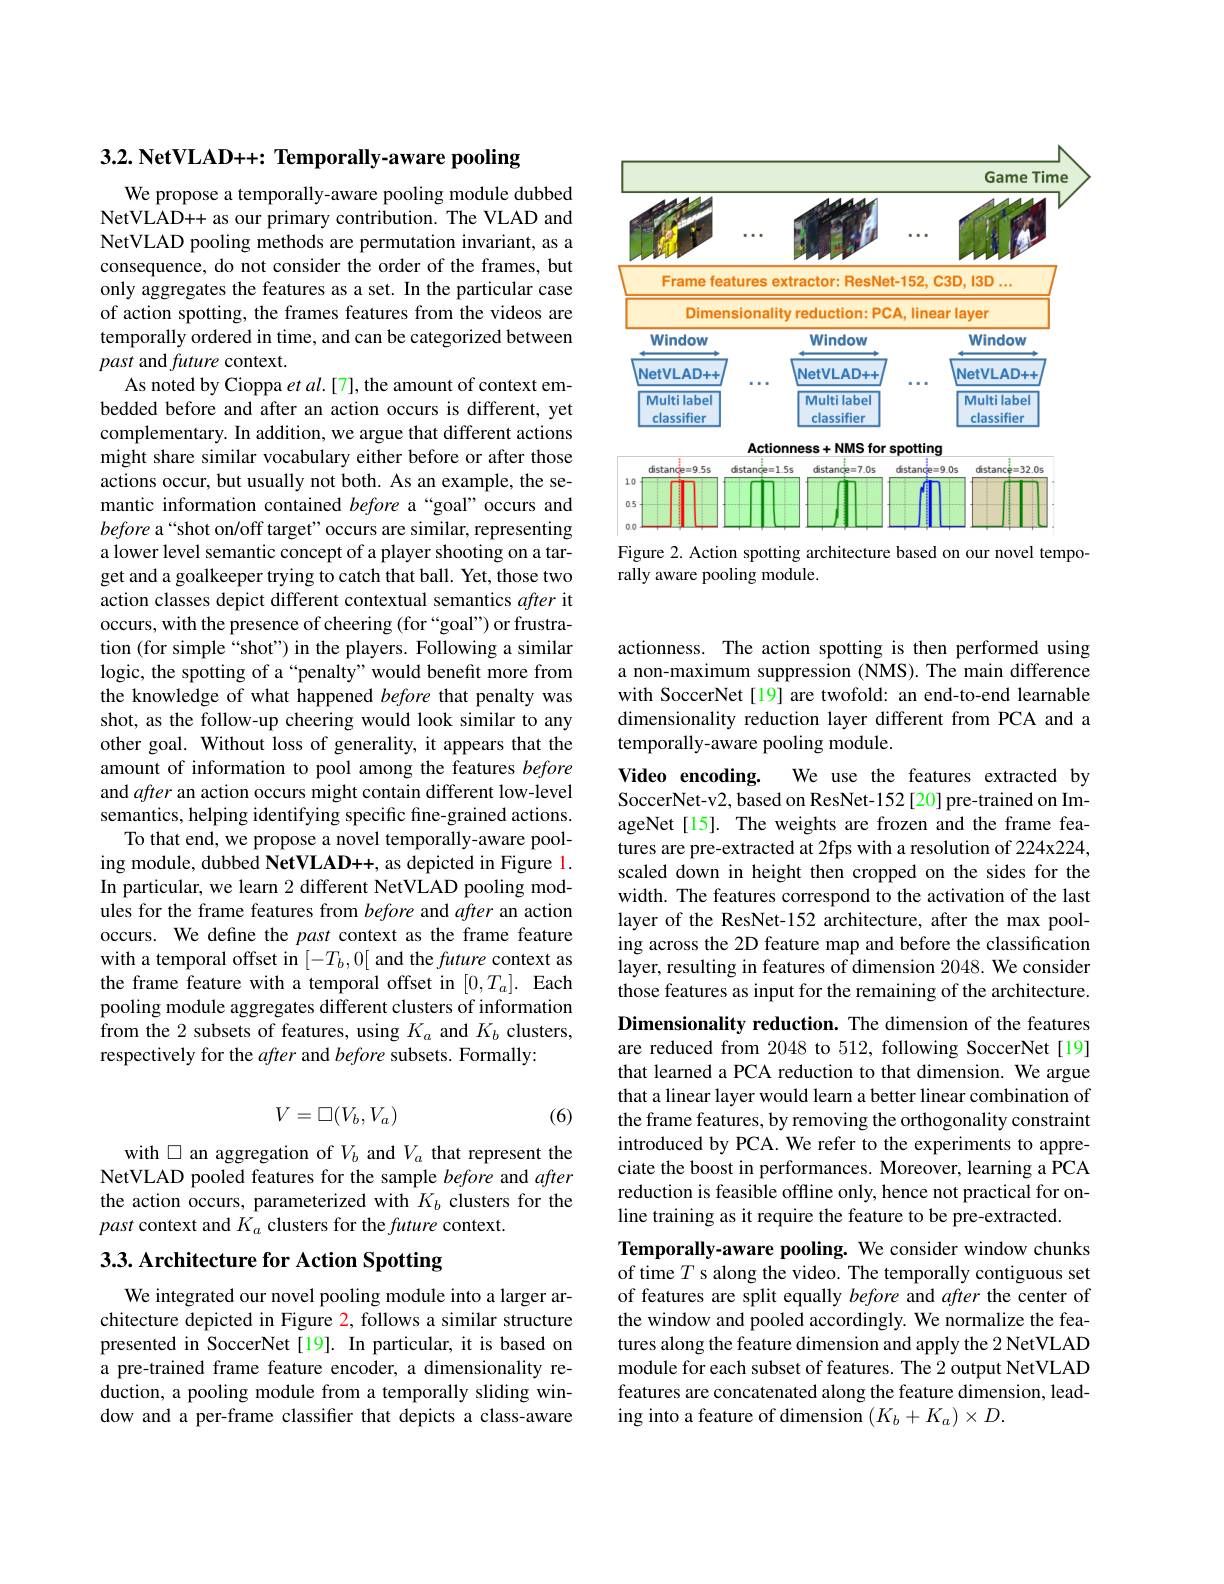
<FigureHere>
Figure 2. Action spotting architecture based on our novel tempo-

rally aware pooling module.

$3. 2. \textbf{ NetVLAD+ + : Temporally- aware pooling}$

We propose a temporally-aware pooling module dubbed NetVLAD++ as our primary contribution. The VLAD and NetVLAD pooling methods are permutation invariant, as a consequence, do not consider the order of the frames, but only aggregates the features as a set. In the particular case of action spotting, the frames features from the videos are temporally ordered in time, and can be categorized between past and future context.
As noted by Cioppa $etal.[7]$, the amount of context embedded before and after an action occurs is different, yet complementary. In addition, we argue that different actions might share similar vocabulary either before or after those actions occur, but usually not both. As an example, the semantic information contained before a“goal”occurs and before a“shot on/off target”occurs are similar, representing a lower level semantic concept of a player shooting on a target and a goalkeeper trying to catch that ball. Yet, those two action classes depict different contextual semantics after it occurs, with the presence of cheering (for “goal”) or frustration (for simple “shot”) in the players. Following a similar logic, the spotting of a“penalty”would benefit more from the knowledge of what happened before that penalty was shot, as the follow-up cheering would look similar to any other goal. Without loss of generality, it appears that the amount of information to pool among the features before and after an action occurs might contain different low-level semantics, helping identifying specific fine-grained actions.
To that end, we propose a novel temporally-aware pooling module, dubbed NetVLAD++, as depicted in Figure 1. In particular, we learn 2 different NetVLAD pooling modules for the frame features from before and after an action occurs. We define the past context as the frame feature with a temporal offset in $[-T_b,0[$ and the future context as the frame feature with a temporal offset in $[0,T_a].$ Each pooling module aggregates different clusters of information from the 2 subsets of features, using $K_a$ and $K_b$ clusters, respectively for the after and before subsets. Formally:
$$V=\square(V_b,V_a)$$
(6)

with $\square$ an aggregation of $V_b$ and $V_a$ that represent the NetVLAD pooled features for the sample before and after the action occurs, parameterized with $K_b$ clusters for the past context and $K_a$ clusters for the future context.

# 3.3. Architecture for Action Spotting

We integrated our novel pooling module into a larger architecture depicted in Figure 2, follows a similar structure presented in SoccerNet[19]. In particular, it is based on a pre-trained frame feature encoder, a dimensionality reduction, a pooling module from a temporally sliding window and a per-frame classifier that depicts a class-aware

actionness. The action spotting is then performed using a non-maximum suppression (NMS). The main difference with SoccerNet[19] are twofold: an end-to-end learnable dimensionality reduction layer different from PCA and a temporally-aware pooling module.
Video encoding.
We use the features extracted by
SoccerNet-v2, based on ResNet-152[20] pre-trained on ImageNet[15]. The weights are frozen and the frame features are pre-extracted at 2fps with a resolution of 224x224, scaled down in height then cropped on the sides for the width. The features correspond to the activation of the last layer of the ResNet-152 architecture, after the max pooling across the 2D feature map and before the classification layer, resulting in features of dimension 2048. We consider those features as input for the remaining of the architecture. Dimensionality reduction. The dimension of the features

are reduced from 2048 to 512, following SoccerNet[19] that learned a PCA reduction to that dimension. We argue that a linear layer would learn a better linear combination of the frame features, by removing the orthogonality constraint introduced by PCA. We refer to the experiments to appreciate the boost in performances. Moreover, learning a PCA reduction is feasible offline only, hence not practical for online training as it require the feature to be pre-extracted.
Temporally-aware pooling. We consider window chunks of time $T$ s along the video. The temporally contiguous set of features are split equally before and after the center of the window and pooled accordingly. We normalize the features along the feature dimension and apply the 2 NetVLAD module for each subset of features. The 2 output NetVLAD features are concatenated along the feature dimension, lead-

ing into a feature of dimension $(K_b+K_a)\times D.$